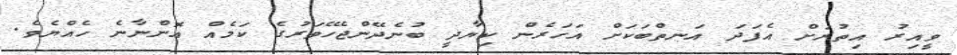
ވީއިރު އިތުރަށް އެފަދަ އަނތްބަކަށް އަހަރެން ކިޔާދީ ބުނެދޭންޖެހޭވަރުގެ ކަމެއް އޮންނާނެ ހެއްޔެވެ.